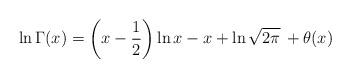
LaTeX: \begin{align*}\ln \Gamma(x)= \biggl(x-\frac12\biggr)\ln x-x+\ln \sqrt{2\pi}\,+\theta(x)\end{align*}